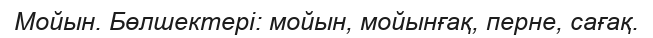
Мойын. Бөлшектері: мойын, мойынғақ, перне, сағақ.